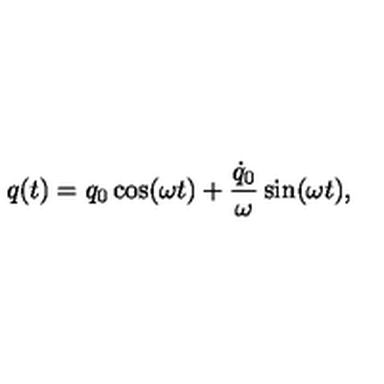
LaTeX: q ( t ) = q _ { 0 } \cos ( \omega t ) + { \frac { \dot { q } _ { 0 } } { \omega } } \sin ( \omega t ) ,